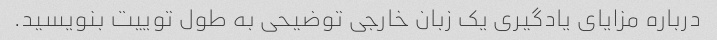
درباره مزایای یادگیری یک زبان خارجی توضیحی به طول توییت بنویسید.